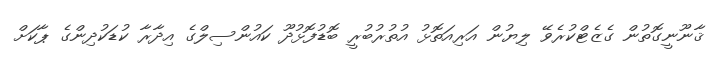
ޤާނޫނީގޮތުން ގެޒެޓްކުރެވޭ ލިޔުން އަރިއަތޮޅު އުތުރުބުރީ ބޮޑުފޮޅުދޫ ކައުންސިލްގެ އިދާރާ ކުޑަކުދިންގެ ޕާކަށް